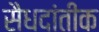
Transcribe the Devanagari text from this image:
सैधदांतीक